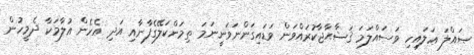
ޞައްލަ ޢަލައިހި ވަސައްލަމަ ޤަޟާޙާޖާކުރައްވަން ވަޑައިގަންނަވަނީނަމަ ތިމަންކަލޭގެފާނާއި އަދި އެހެން ޣުލާމަކާ ދެމީހުން